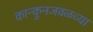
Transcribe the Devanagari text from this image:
कान्कुनजवळच्या